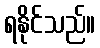
ရနိုင်သည်။